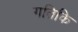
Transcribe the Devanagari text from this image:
गतिकि